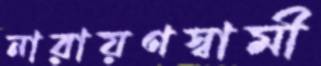
নারায়ণস্বামী